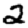
Digit: 2